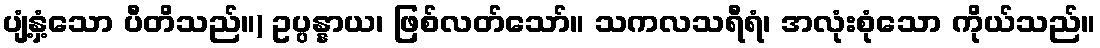
ပျံ့နှံ့သော ပီတိသည်။) ဥပ္ပန္နာယ၊ ဖြစ်လတ်သော်။ သကလသရီရံ၊ အလုံးစုံသော ကိုယ်သည်။